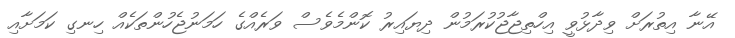
އޭނާ އިތުރަށް ވިދާޅުވީ އިހްތިޖާޖުކުރަމުން ދިޔައިރު ކޮންމެވެސް ވަރެއްގެ ހަމަނުޖެހުންތަކެއް ހިނގި ކަމަށާއި